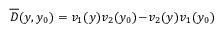
\overline { { \cal D } } ( y , y _ { 0 } ) = v _ { 1 } ( y ) v _ { 2 } ( y _ { 0 } ) \! - \! v _ { 2 } ( y ) v _ { 1 } ( y _ { 0 } )